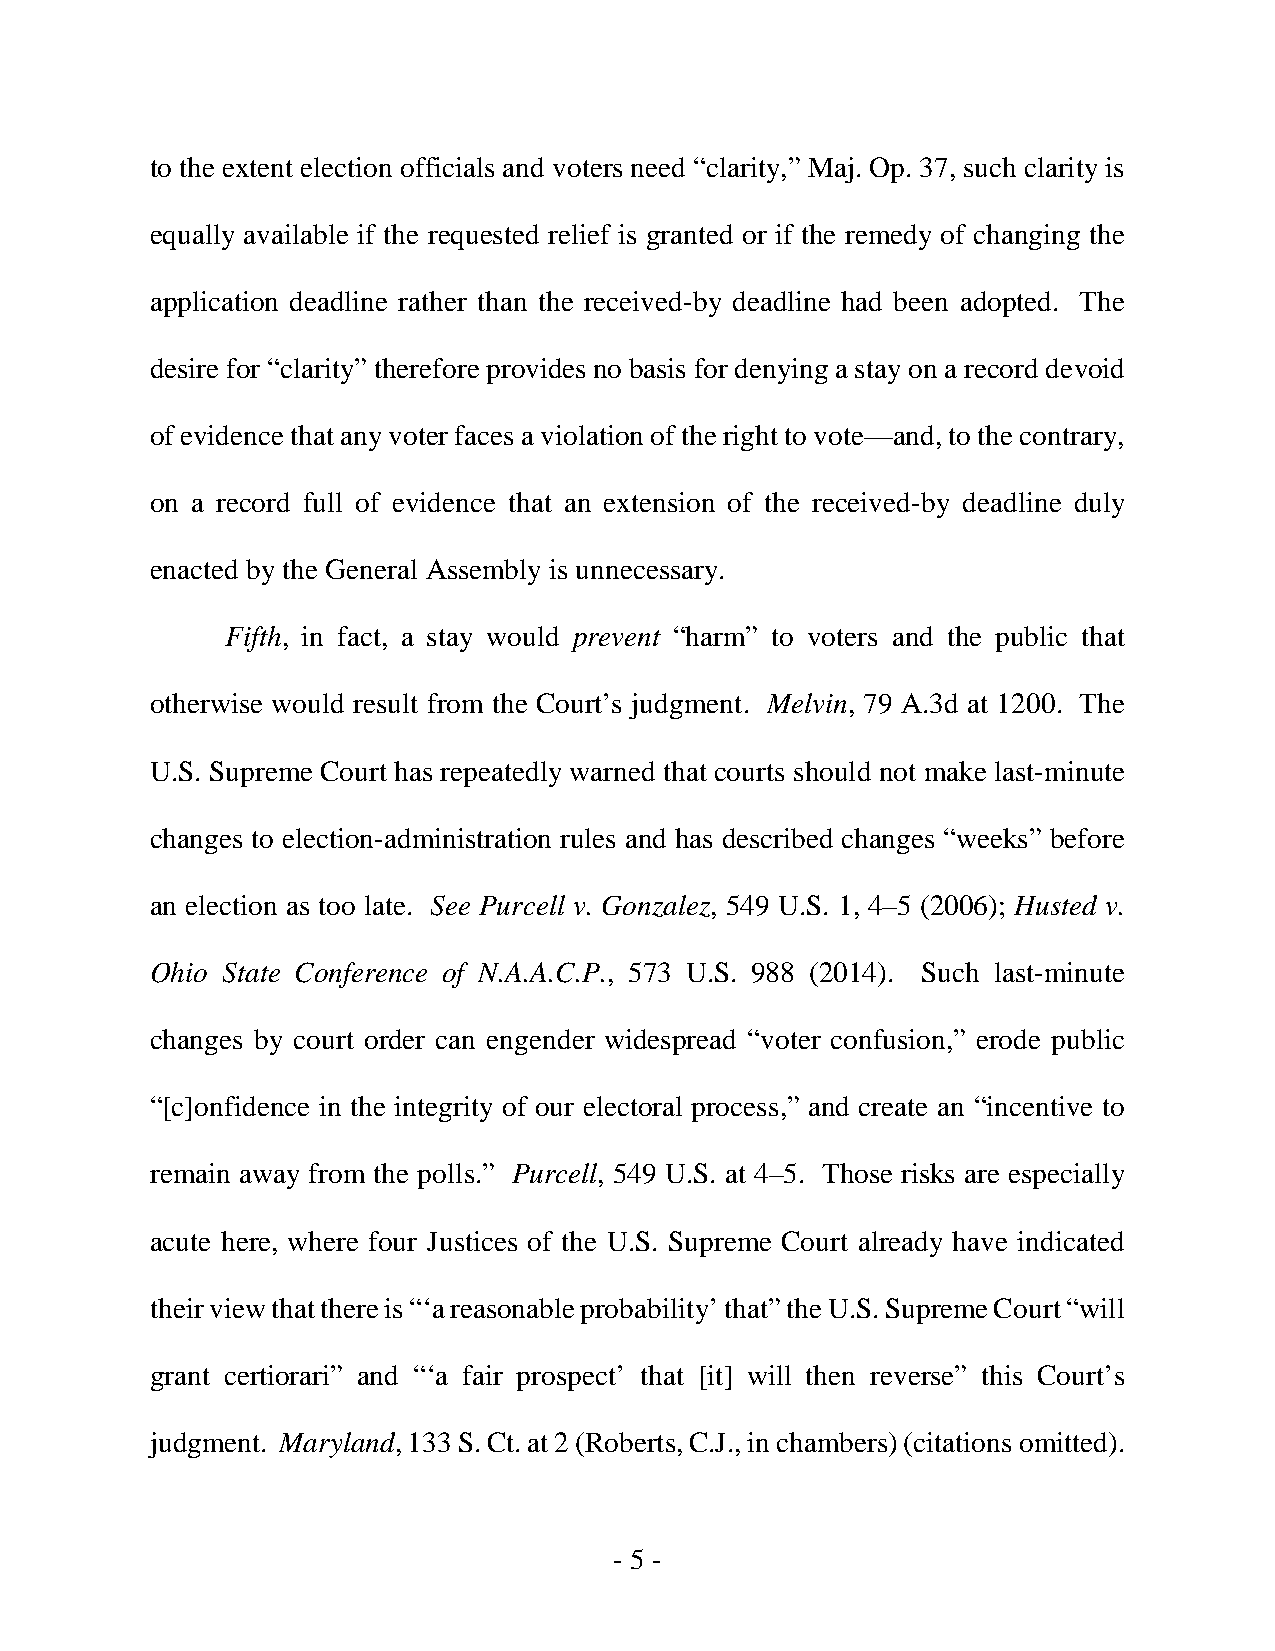
to the extent election officials and voters need “clarity,” Maj. Op. 37, such clarity is
 equally available if the requested relief is granted or if the remedy of changing the
 application deadline rather than the received-by deadline had been adopted. The
 desire for “clarity” therefore provides no basis for denying a stay on a record devoid
 of evidence that any voter faces a violation of the right to vote—and, to the contrary,
 on a record full of evidence that an extension of the received-by deadline duly
 enacted by the General Assembly is unnecessary.
 Fifth, in fact, a stay would prevent “harm” to voters and the public that
 otherwise would result from the Court’s judgment. Melvin, 79 A.3d at 1200. The
 U.S. Supreme Court has repeatedly warned that courts should not make last-minute
 changes to election-administration rules and has described changes “weeks” before
 an election as too late. See Purcell v. Gonzalez, 549 U.S. 1, 4–5 (2006); Husted v.
 Ohio State Conference of N.A.A.C.P., 573 U.S. 988 (2014). Such last-minute
 changes by court order can engender widespread “voter confusion,” erode public
 “[c]onfidence in the integrity of our electoral process,” and create an “incentive to
 remain away from the polls.” Purcell, 549 U.S. at 4–5. Those risks are especially
 acute here, where four Justices of the U.S. Supreme Court already have indicated
 their view that there is “‘a reasonable probability’ that” the U.S. Supreme Court “will
 grant certiorari” and “‘a fair prospect’ that [it] will then reverse” this Court’s
 judgment. Maryland, 133 S. Ct. at 2 (Roberts, C.J., in chambers) (citations omitted).
 - 5 -